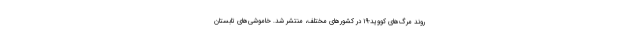
روند مرگ‌های کووید-۱۹ در کشورهای مختلف، منتشر شد. خاموشی‌های تابستان